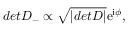
d e t { \cal D } _ { - } \propto \sqrt { | d e t { \cal D } | } \mathrm { e } ^ { \mathrm { i } \phi } ,